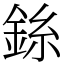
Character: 銯